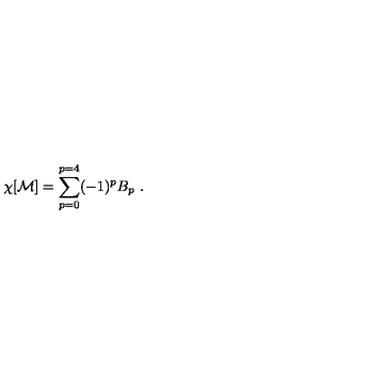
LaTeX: \chi [ { \bf { \cal M } } ] = \sum _ { p = 0 } ^ { p = 4 } ( - 1 ) ^ { p } B _ { p } \ .